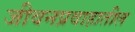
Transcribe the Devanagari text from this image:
जीवनप्रवाहातील